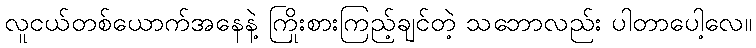
လူငယ်တစ်ယောက်အနေနဲ့ ကြိုးစားကြည့်ချင်တဲ့ သဘောလည်း ပါတာပေါ့လေ။